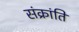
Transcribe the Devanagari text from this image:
संक्रांति